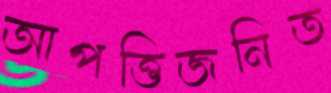
আপত্তিজনিত